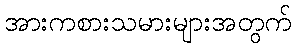
အားကစားသမားများအတွက်